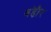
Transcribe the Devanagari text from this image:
बड़ेौर